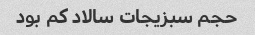
حجم سبزیجات سالاد کم بود